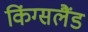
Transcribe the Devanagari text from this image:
किंग्सलैंड